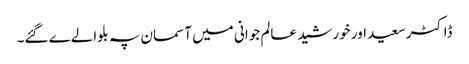
ڈاکٹر سعید اور خورشید عالم جوانی میں آسمان پہ بلوالےے گئے۔